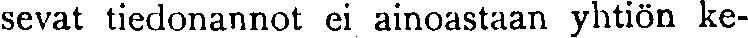
sevat tiedonannot ei ainoastaan yhtiön ke-